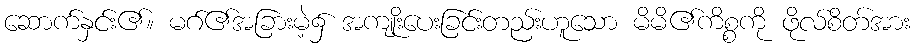
ဆောက်နှင်း၏။ မဂ်၏အခြားမဲ့၌ အကျုးိပေးခြင်းတည်းဟူသော မိမိ၏ကိစ္စကို ဖိုလ်စိတ်အား